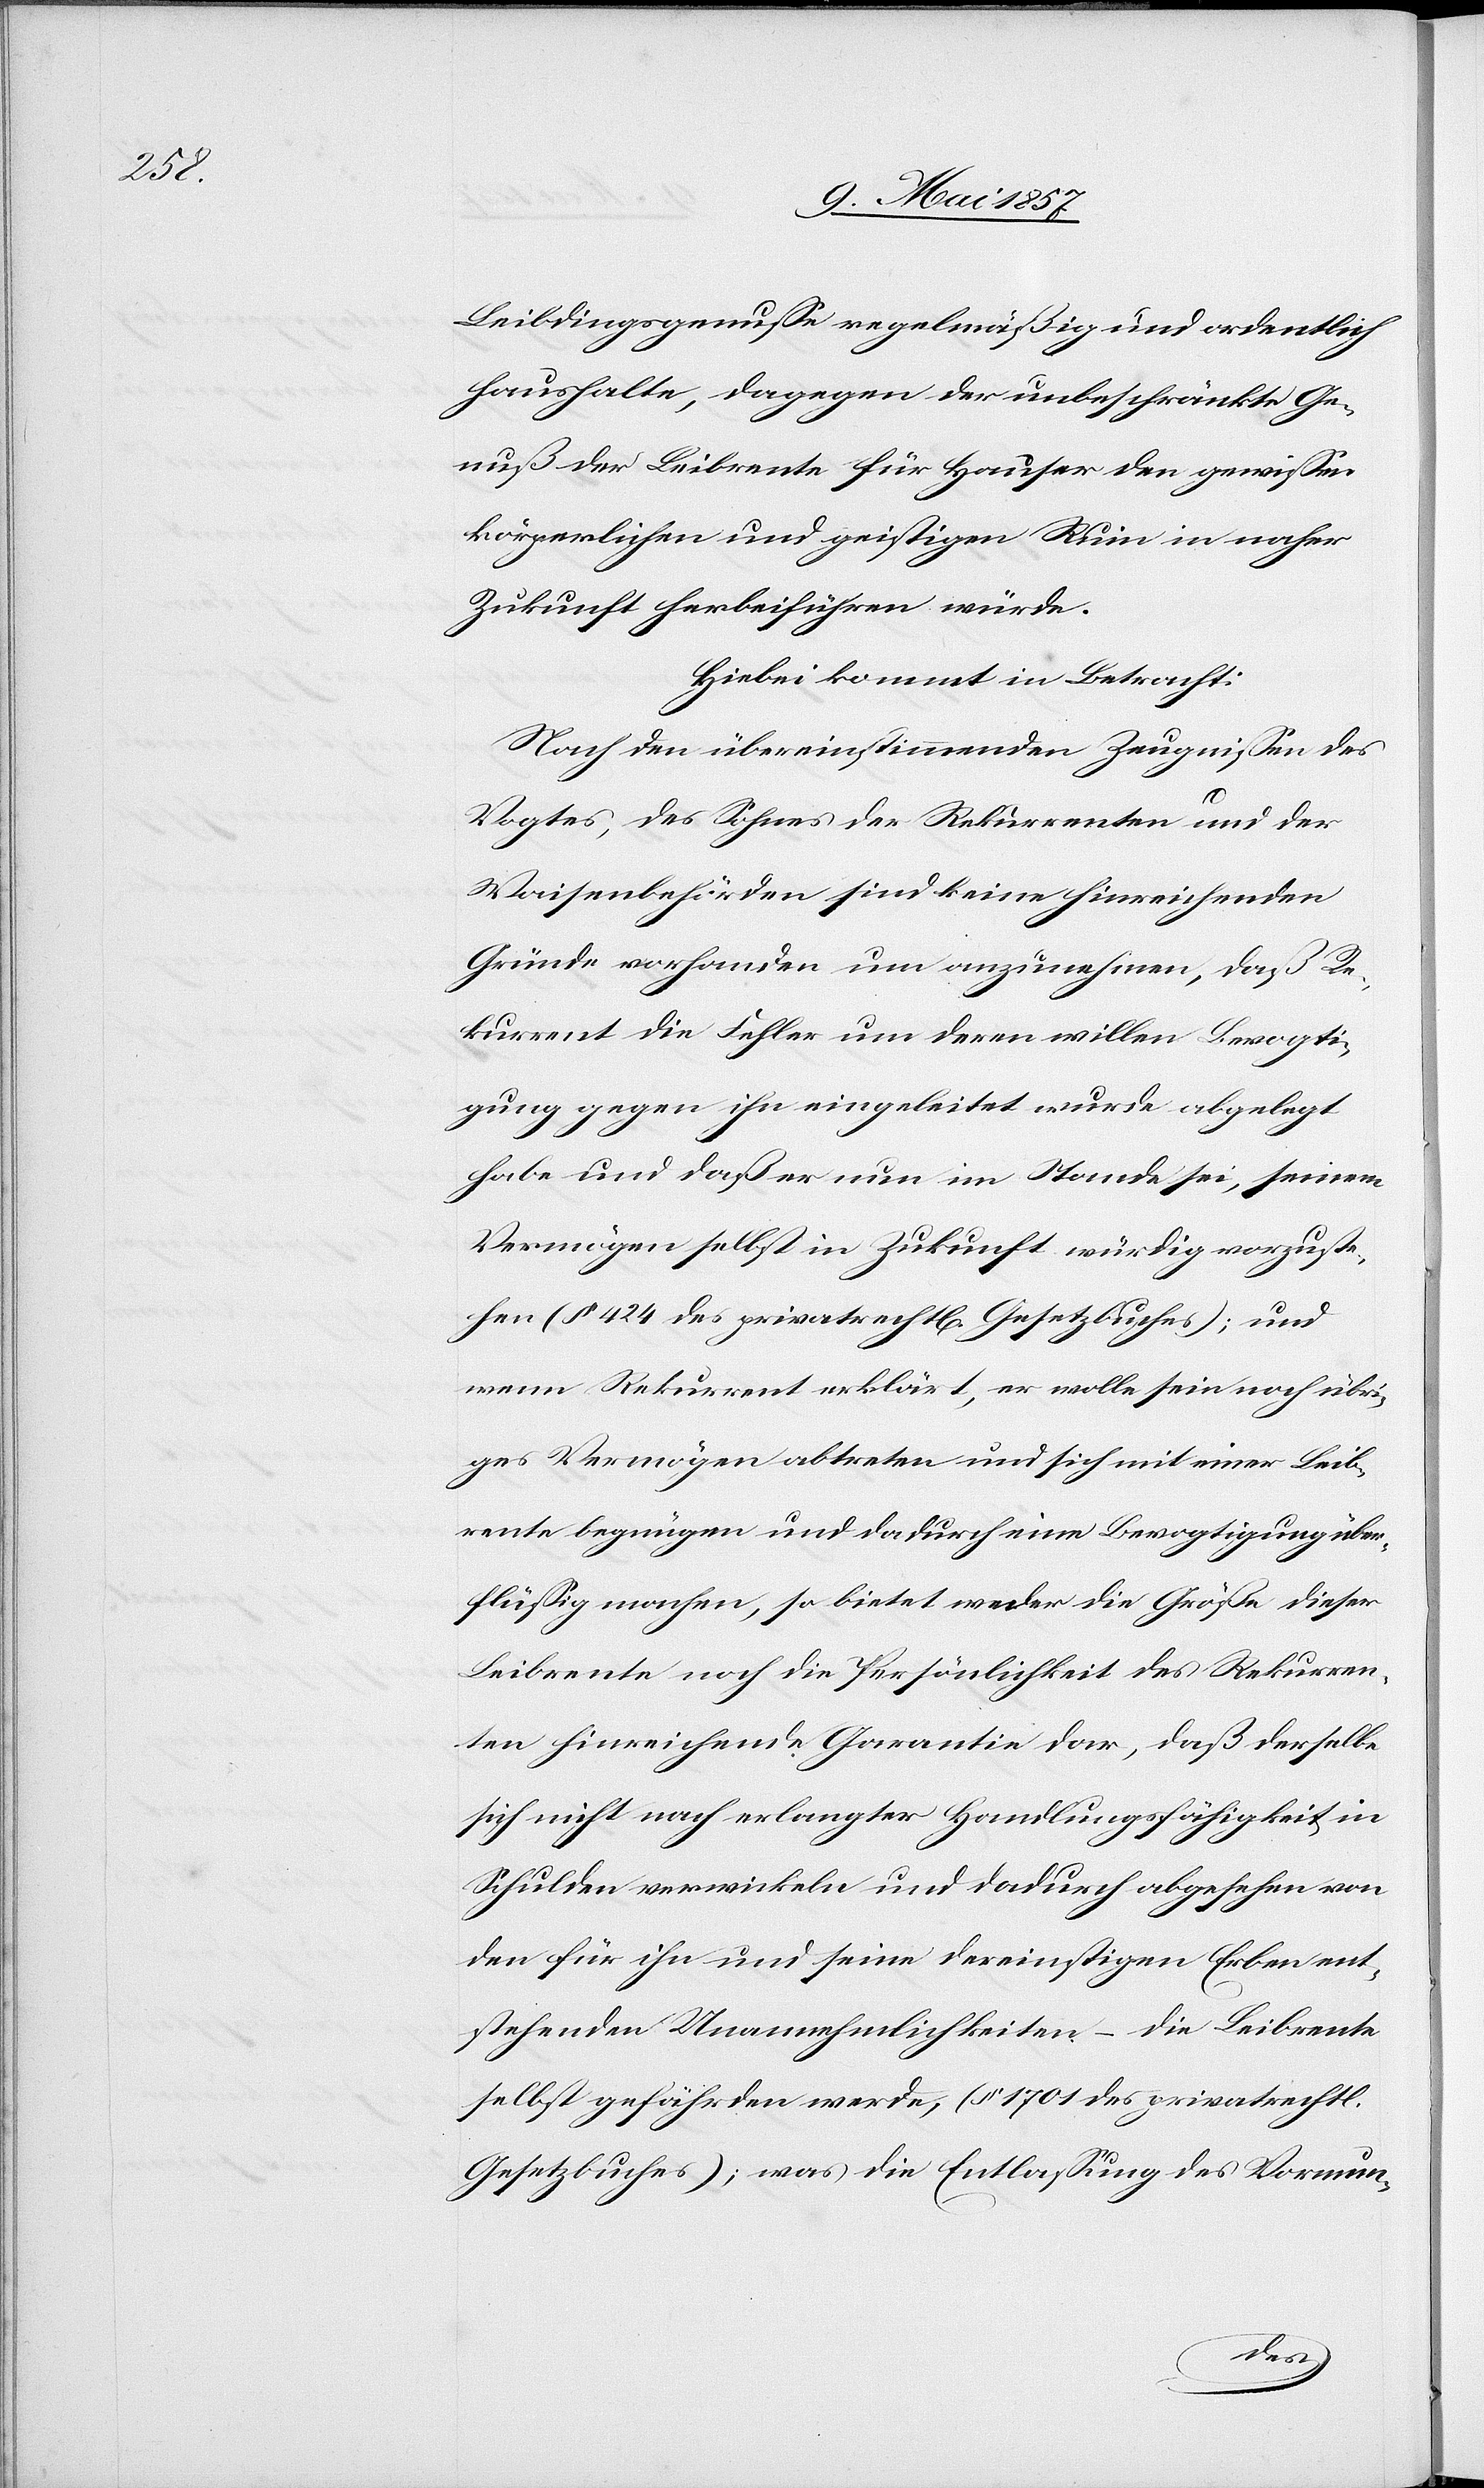
Leibdingsgenusse regelmäßig und ordentlich
haushalte, dagegen der unbeschränkte Ge¬
nuß der Leibrente für Hauser den gewissen
körperlichen und geistigen Ruin in naher
Zukunft herbeiführen würde.
Hiebei kommt in Betracht:
Nach den übereinstimmenden Zeugnissen des
Vogtes, des Sohnes der Rekurrenten und der
Waisenbehörden sind keine hinreichenden
Gründe vorhanden um anzunehmen, daß Re¬
kurrent die Fehler um deren willen Bevogti¬
gung gegen ihn eingeleitet wurde abgelegt
habe und daß er nun im Stande sei, seinem
Vermögen selbst in Zukunft würdig vorzuste¬
hen (§ 424 des privatrechtl[ichen] Gesetzbuches); und
wenn Rekurrent erklärt, er wolle sein noch übri¬
ges Vermögen abtreten und sich mit einer Leib¬
rente begnügen und dadurch eine Bevogtigung über¬
flüßig machen, so bietet weder die Größe dieser
Leibrente noch die Persönlichkeit des Rekurren¬
ten hinreichende Garantie dar, daß derselbe
sich nicht nach erlangter Handlungsfähigkeit in
Schulden verwickeln und dadurch abgesehen von
den für ihn und seine dereinstigen Erben ent¬
stehenden Unannehmlichkeiten, – die Leibrente
selbst gefährden werde, (§ 1701 des privatrechtl.
Gesetzbuches); was die Entlassung des Vormun-